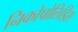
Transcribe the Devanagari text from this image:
निकोपोलिडिस